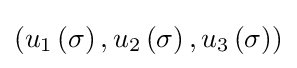
\left(u_{1}\left(\sigma \right),u_{2}\left(\sigma \right),u_{3}\left(\sigma \right)\right)